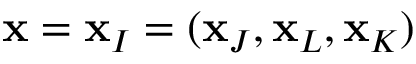
\mathbf { x } = \mathbf { x } _ { I } = ( \mathbf { x } _ { J } , \mathbf { x } _ { L } , \mathbf { x } _ { K } )